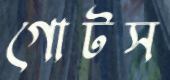
গোটস